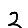
Digit: 2